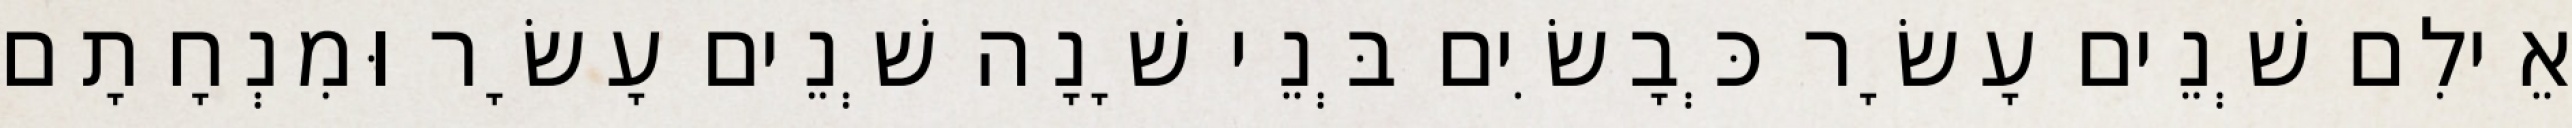
אֵילִם שְׁנֵים עָשָׂר כְּבָשִׂים בְּנֵי שָׁנָה שְׁנֵים עָשָׂר וּמִנְחָתָם